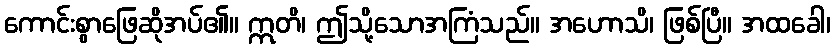
ကောင်းစွာဖြေဆိုအပ်၏။ ဣတိ၊ ဤသို့သောအကြံသည်။ အဟောသိ၊ ဖြစ်ပြီ။ အထခေါ၊